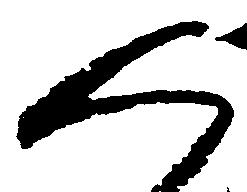
人